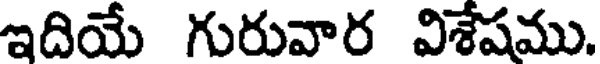
ఇదియే గురువార విశేషము.